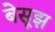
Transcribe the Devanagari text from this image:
बेसूझ